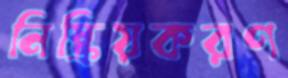
নিষ্ক্রিয়করণ